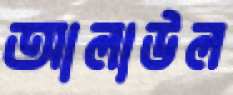
আলাউল